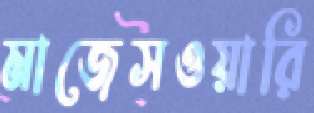
মাজেসওয়ারি